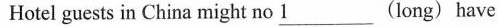
Hotel guests in China might no \underline{1} (long) have